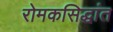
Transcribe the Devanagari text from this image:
रोमकसिद्धांत